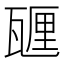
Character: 甅